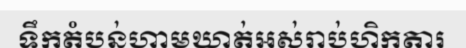
ទឹកតំបន់ហាមឃាត់អស់រាប់ហិកតារ